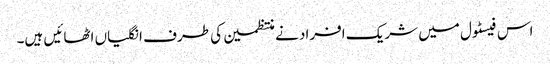
اس فیسٹول میں شریک افراد نے منتظمین کی طرف انگلیاں اٹھائیں ہیں۔